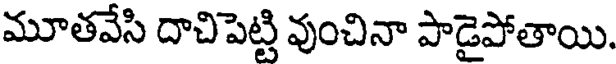
మూతవేసి దాచిపెట్టి వుంచినా పాడైపోతాయి.